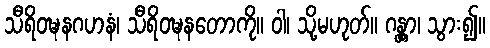
သီရိဝဍ္ဎနဂဟနံ၊ သီရိဝဍ္ဎနတောကို။ ဝါ၊ သို့မဟုတ်။ ဂန္တွာ၊ သွား၍။